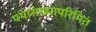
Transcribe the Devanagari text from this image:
यथासंख्यापरिमितं